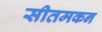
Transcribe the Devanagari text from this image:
सीतमकन